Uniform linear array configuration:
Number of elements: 24
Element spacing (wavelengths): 0.25
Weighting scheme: hann
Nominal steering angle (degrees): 60
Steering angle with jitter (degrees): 59.955
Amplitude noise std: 0.05
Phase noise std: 0.05

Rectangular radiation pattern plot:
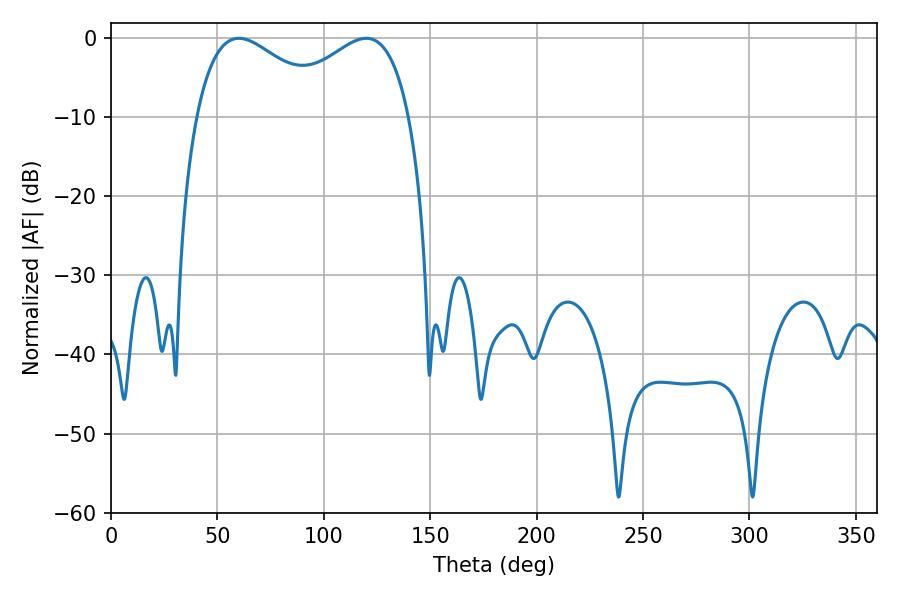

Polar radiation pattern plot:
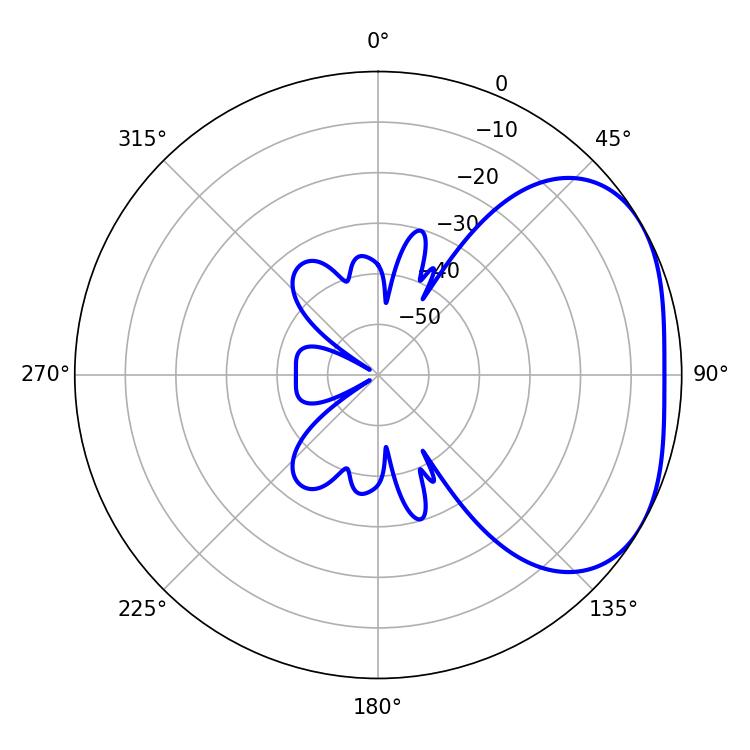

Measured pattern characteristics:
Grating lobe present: FALSE
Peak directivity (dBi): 2.919
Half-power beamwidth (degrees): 34.74
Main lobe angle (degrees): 60.12